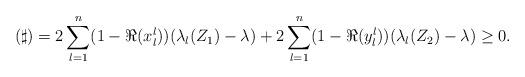
LaTeX: \begin{align*}(\sharp)= 2\sum_{l=1}^n(1-\Re(x^l_l))(\lambda_l(Z_1)-\lambda)+ 2\sum_{l=1}^n(1-\Re(y^l_l))(\lambda_l(Z_2)-\lambda)\geq 0.\end{align*}